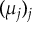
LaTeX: ( \mu _ { j } ) _ { j }